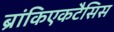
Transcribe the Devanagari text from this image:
ब्रांकिएकटैसिस